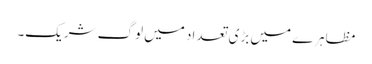
مظاہرے میں بڑی تعداد میں لوگ شریک۔